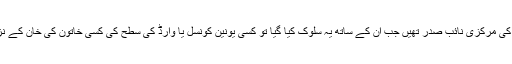
ناز بلوچ تو پی ٹی آئی کی مرکزی نائب صدر تھیں جب ان کے ساتھ یہ سلوک کیا گیا تو کسی یونین کونسل یا وارڈ کی سطح کی کسی خاتون کی خان کے نزدیک کیا عزت ہوگی؟